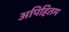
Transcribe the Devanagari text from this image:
अपिहितम